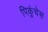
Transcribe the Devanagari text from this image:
पिकुंचेस